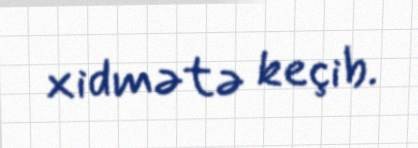
xidmətə keçib.